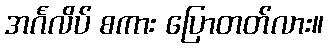
အင်္ဂလိပ် စကား ပြောတတ်လား။